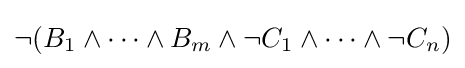
\neg (B_{1}\land \cdots \land B_{m}\land \neg C_{1}\land \cdots \land \neg C_{n})